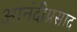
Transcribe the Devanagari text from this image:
आनंदीप्रसाद